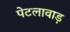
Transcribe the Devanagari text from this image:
पेटलावाड़